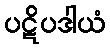
ပဋိပဒါယံ